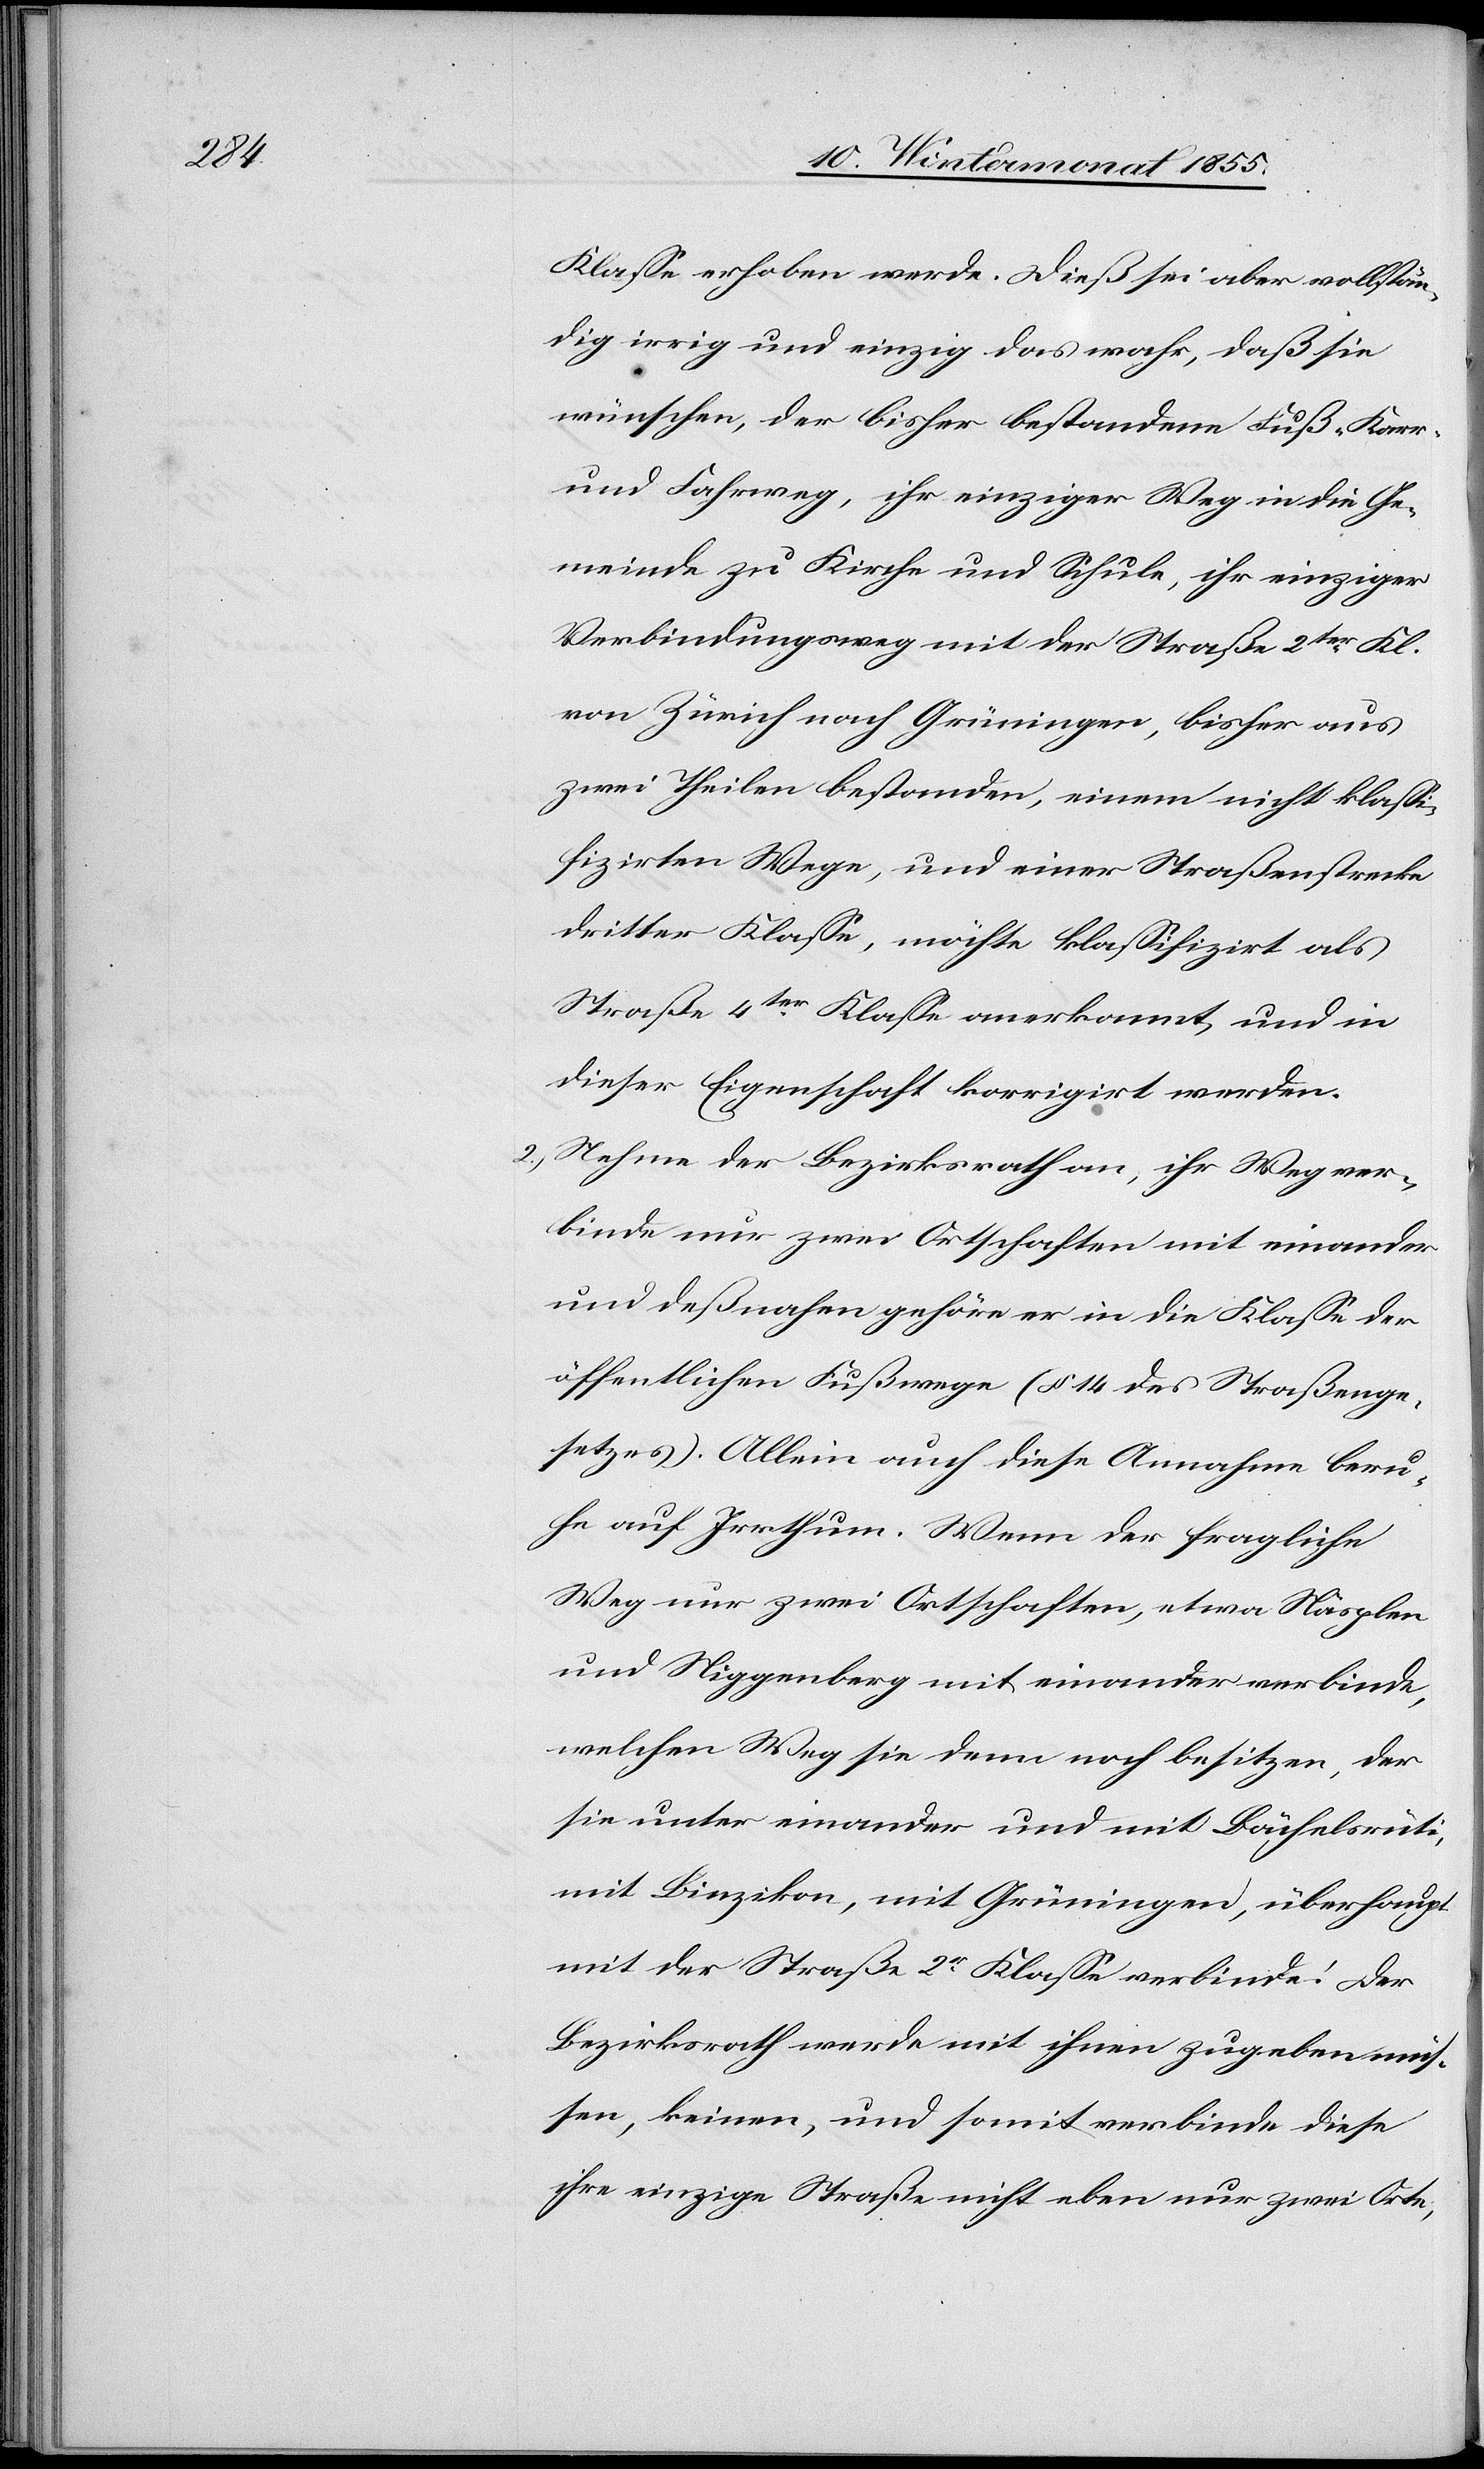
Klasse erhoben werde. Dieß sei aber vollstän¬
dig irrig und einzig das wahr, daß sie
wünschen, der bisher bestandene Fuß-[,] Karr-
und Fahrweg, ihr einziger Weg in die Ge¬
meinde zu Kirche und Schule, ihr einziger
Verbindungsweg mit der Straße 2ter Kl.
von Zürich nach Grüningen, bisher aus
zwei Theilen bestanden, einem nicht klassi¬
fizirten Wege, und einer Straßenstrecke
dritter Klasse, möchte klassifizirt als
Straße 4ter Klasse anerkannt, und in
dieser Eigenschaft korrigirt werden.
Nehme der Bezirksrath an, ihr Weg ver¬
binde nur zwei Ortschaften mit einander
und deßnahen gehöre er in die Klasse der
öffentlichen Fußwege (§ 14 des Straßenge¬
setzes). Allein auch diese Annahme beru¬
he auf Irrthum. Wenn der fragliche
Weg nur zwei Ortschaften, etwa Näsplen
und Niggenberg mit einander verbinde,
welchen Weg sie denn noch besitzen, der
sie unter einander und mit Bächelsrüti,
mit Binzikon, mit Grüningen, überhaupt
mit der Straße 2r Klasse verbinde! Der
Bezirksrath werde mit ihnen zugeben müs¬
sen, keinen, und somit verbinde diese
ihre einzige Straße nicht eben nur zwei Orte,